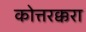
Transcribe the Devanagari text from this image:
कोत्तरक्करा